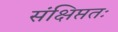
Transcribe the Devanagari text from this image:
संक्षिप्ततः